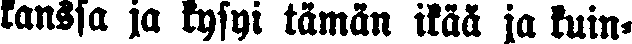
kanssa ja kysyi tämän ikää ja kuin-